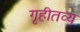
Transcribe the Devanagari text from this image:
गृहीतव्य